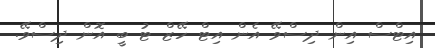
އިޓްސް އިން ދިސްވޭ އެން އިޓް ހޭޒް ޓު ބީ އޮން ދިސްވޭ.